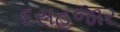
દસહજાર